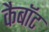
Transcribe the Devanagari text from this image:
कैबॉट